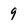
Character: 9